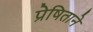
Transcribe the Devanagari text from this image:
प्रेषिताने